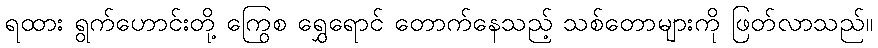
ရထား ရွက်ဟောင်းတို့ ကြွေစ ရွှေရောင် တောက်နေသည့် သစ်တောများကို ဖြတ်လာသည်။